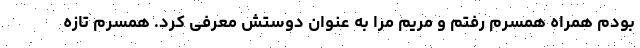
بودم همراه همسرم رفتم و مریم مرا به عنوان دوستش معرفی کرد. همسرم تازه